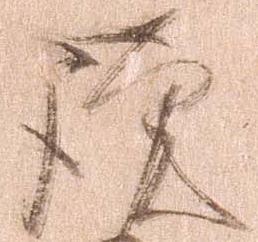
謹